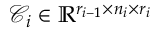
\mathcal { C } _ { i } \in \mathbb { R } ^ { r _ { i - 1 } \times n _ { i } \times r _ { i } }